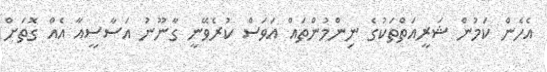
އެހެން ކަމުން ޝަރީއަތްތަކުގެ ނިންމުންތައް އަވަސް ކުރެވޭނީ ގާނޫނު އަސާސީއާ އެއް ގޮތަށް